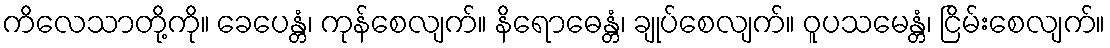
ကိလေသာတို့ကို။ ခေပေန္တံ၊ ကုန်စေလျက်။ နိရောဓေန္တံ၊ ချုပ်စေလျက်။ ဝူပသမေန္တံ၊ ငြိမ်းစေလျက်။